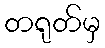
တရုတ်မှ